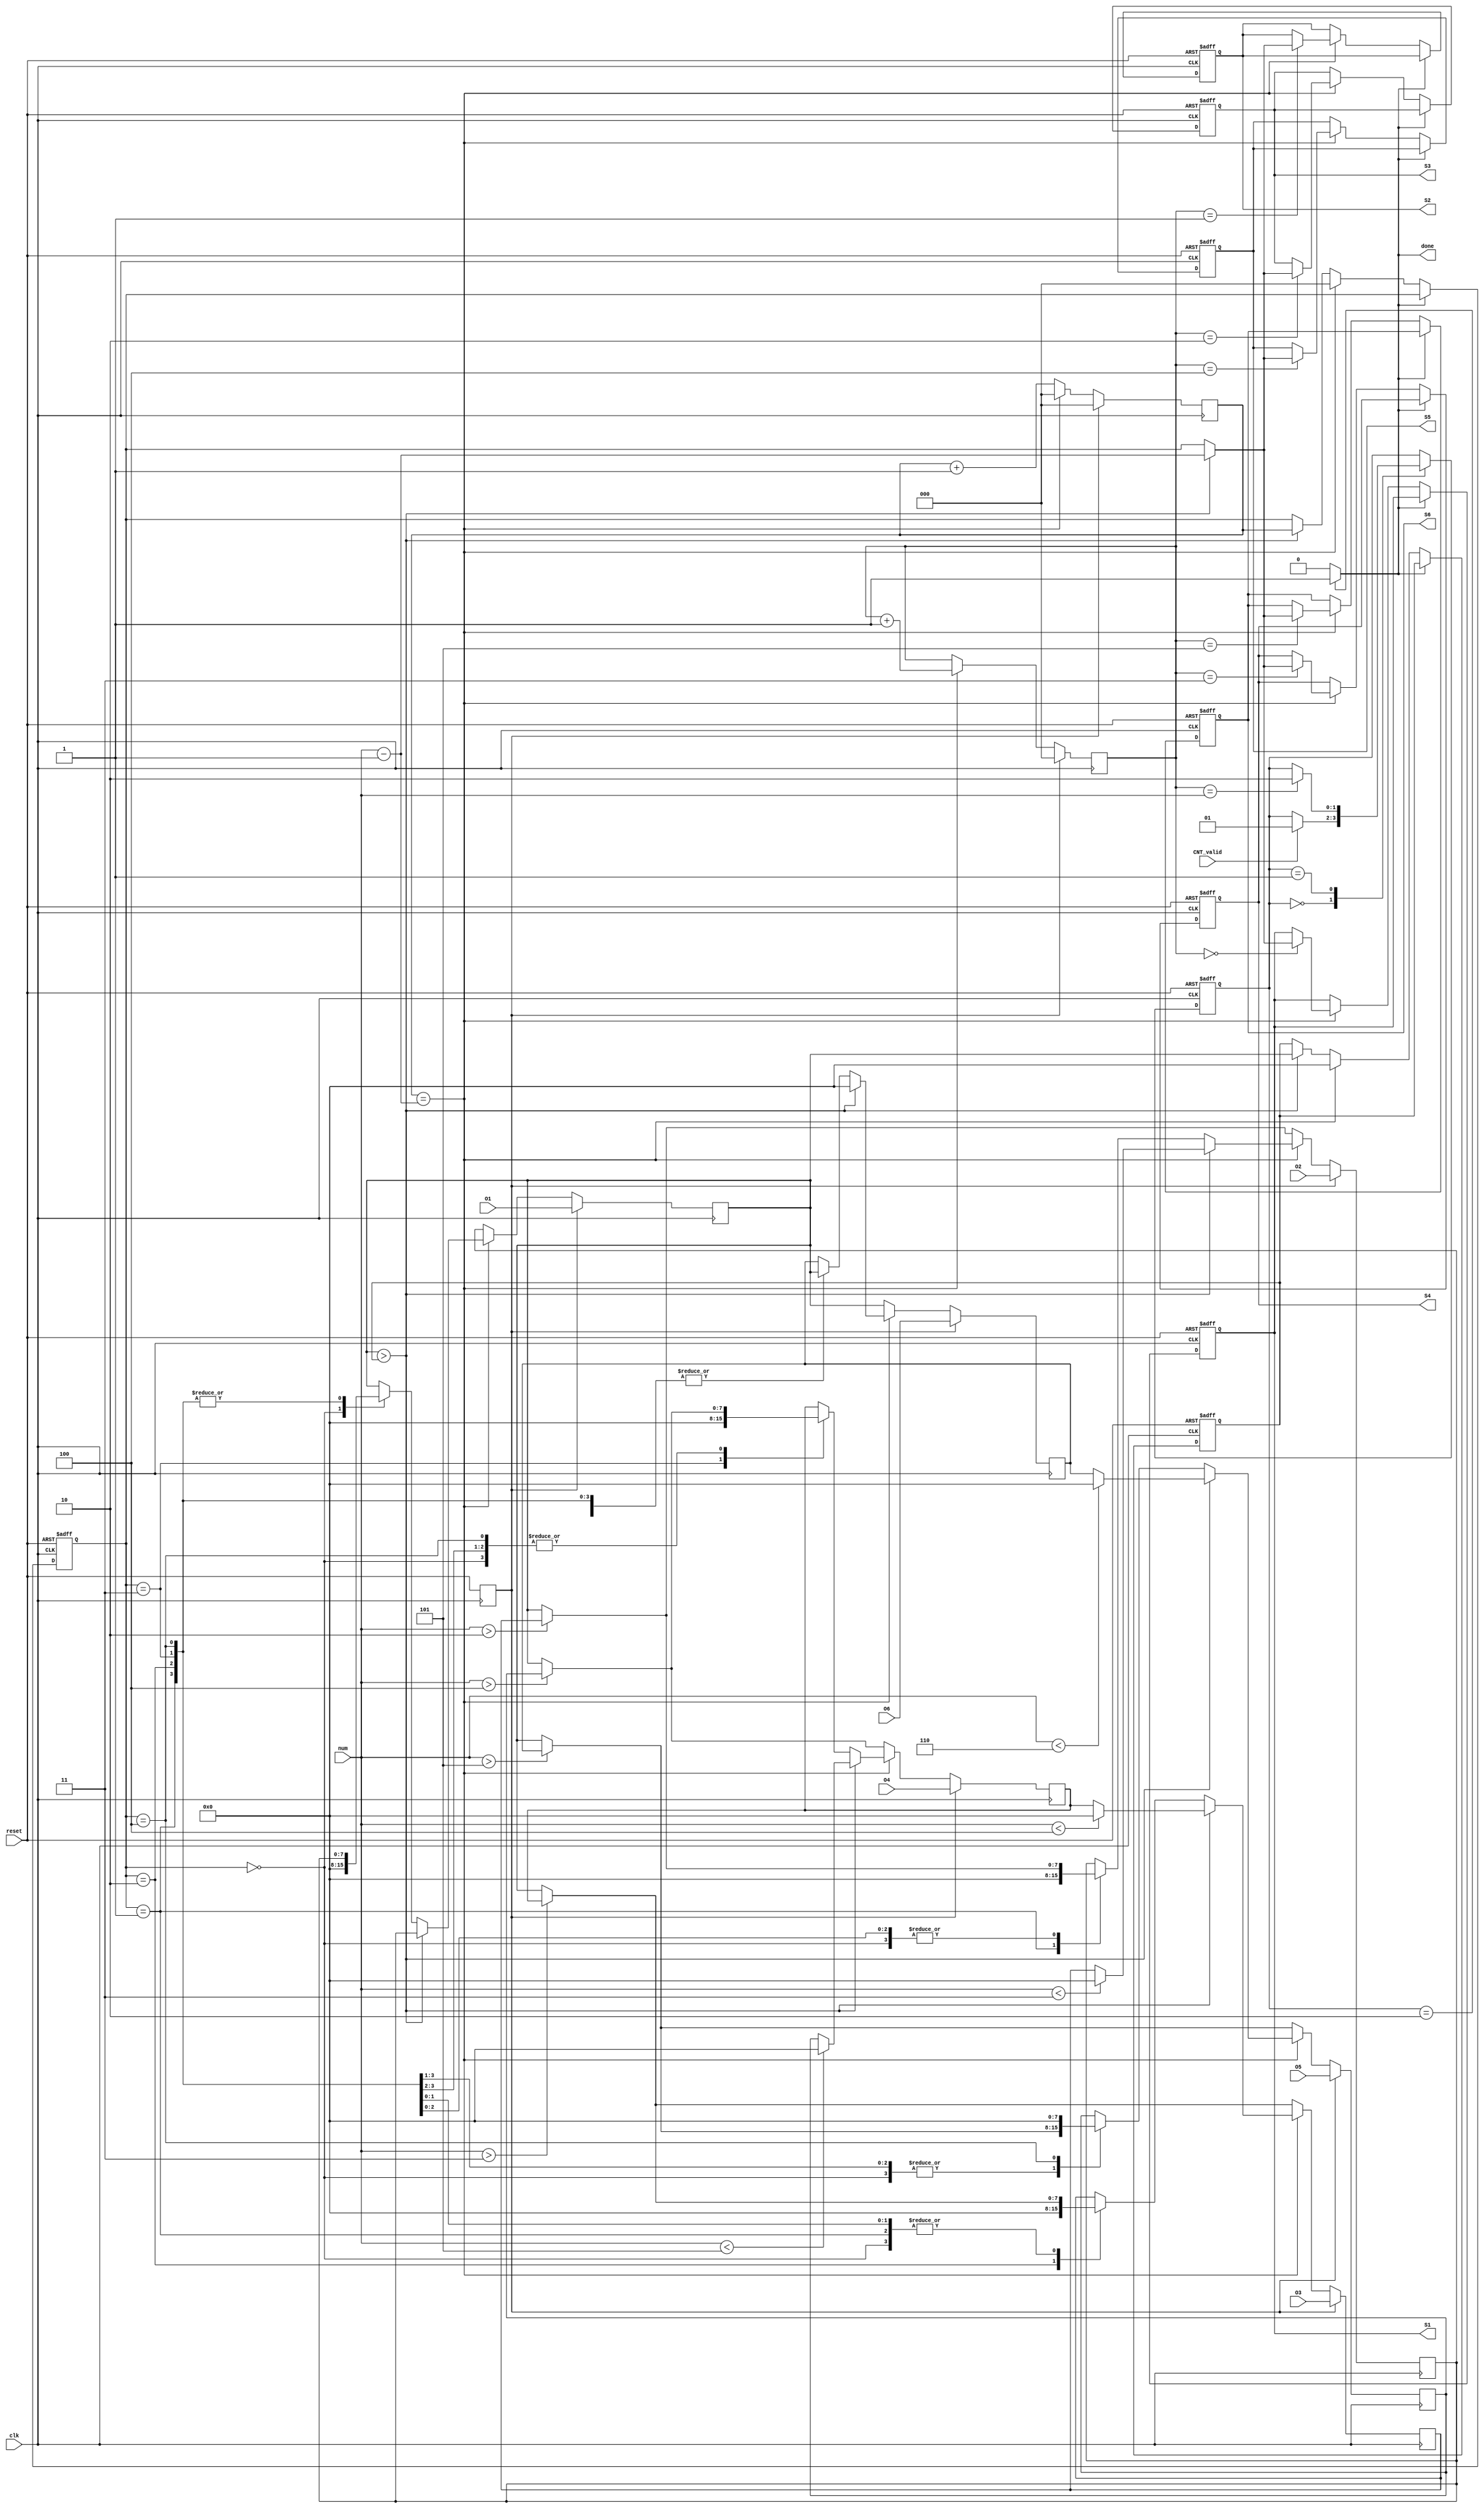
module Sorting(clk, reset, CNT_valid, num, O1, O2, O3, O4, O5, O6, S1, S2, S3, S4, S5, S6, done);

input        clk;
input        reset;
input        CNT_valid;
input  [2:0] num;
input  [7:0] O1;
input  [7:0] O2;
input  [7:0] O3;
input  [7:0] O4;
input  [7:0] O5;
input  [7:0] O6;
output [2:0] S1;
output [2:0] S2;
output [2:0] S3;
output [2:0] S4;
output [2:0] S5;
output [2:0] S6;
output       done;

reg    [2:0] S1;
reg    [2:0] S2;
reg    [2:0] S3;
reg    [2:0] S4;
reg    [2:0] S5;
reg    [2:0] S6;

reg    [1:0] cs;
reg    [1:0] ns;

reg          find;
reg    [2:0] cnt;
reg          cnt_rst;
reg    [2:0] finish_cnt;
reg    [7:0] sort_reg [0:5];

reg    [2:0] tmp_index;
reg    [7:0] tmp;

reg          done;

wire         last_index;
wire   [2:0] num_1;

reg          rst_1;

parameter [1:0] IDLE = 2'b00,
                SORT = 2'b01,
                DONE = 2'b10;

integer i;

assign last_index = cnt == num_1;
assign num_1 = num - 'b1;


always @(posedge clk) rst_1 <= reset;

always @(posedge clk or posedge reset) begin 
  if (reset) cs <= SORT;
  else       cs <= ns;
end

always @(*) begin
  ns = cs;
  case (cs)
    IDLE: begin
      if (CNT_valid)         ns = SORT;
    end
    SORT: begin
      if (finish_cnt == num) ns = DONE;
    end
    DONE: begin
    end
  endcase
end

always @(*) begin
  cnt_rst = 'b0;
  done    = 'b0;
  case (cs)
    IDLE: begin
      cnt_rst = CNT_valid;
    end
    SORT: begin
    end
    DONE: begin
      done = 'b1;
    end
  endcase
end

always @(posedge clk) begin
  if (rst_1) finish_cnt <= 'b0;
  else begin
    finish_cnt <= (last_index) ? finish_cnt + 'b1 : finish_cnt;
  end
end

always @(posedge clk) begin
  if (rst_1) cnt <= 'b0;
  else begin
    //if (cnt_rst) cnt <= 'b0;
    /*else*/         cnt <= (last_index) ? 'b0 : cnt + 'b1;
  end
end


always @(posedge clk) begin
  if (rst_1) begin
    //for (i = 0; i < 6; i = i + 1) begin
    //  sort_reg[i] <= 'b0;
    //end
      sort_reg[0] <= O1;
      sort_reg[1] <= O2;
      sort_reg[2] <= O3;
      sort_reg[3] <= O4;
      sort_reg[4] <= O5;
      sort_reg[5] <= O6;
  end
  else begin
    if (last_index) begin
      if (sort_reg[0] > tmp) begin
        sort_reg[0] <= sort_reg[1];
        sort_reg[1] <= (num < 3) ? 'b0 : sort_reg[2];
        sort_reg[2] <= (num < 4) ? 'b0 : sort_reg[3];
        sort_reg[3] <= (num < 5) ? 'b0 : sort_reg[4];
        sort_reg[4] <= (num < 6) ? 'b0 : sort_reg[5];
        sort_reg[5] <= 'b0;
      end
      else begin
        case (tmp_index)
          0: begin
            sort_reg[0] <= 'b0;
            sort_reg[1] <= (num > 2) ? sort_reg[2] : sort_reg[0];
            sort_reg[2] <= (num > 3) ? sort_reg[3] : sort_reg[0];
            sort_reg[3] <= (num > 4) ? sort_reg[4] : sort_reg[0];
            sort_reg[4] <= (num > 5) ? sort_reg[5] : sort_reg[0];
            sort_reg[5] <= sort_reg[0];
          end
          1: begin
            sort_reg[0] <= sort_reg[1];
            sort_reg[1] <= 'b0;
            sort_reg[2] <= (num > 3) ? sort_reg[3] : sort_reg[0];
            sort_reg[3] <= (num > 4) ? sort_reg[4] : sort_reg[0];
            sort_reg[4] <= (num > 5) ? sort_reg[5] : sort_reg[0];
            sort_reg[5] <= sort_reg[0];
          end
          2: begin
            sort_reg[0] <= sort_reg[1];
            sort_reg[1] <= (num > 2) ? sort_reg[2] : sort_reg[0];
            sort_reg[2] <= 'b0;
            sort_reg[3] <= (num > 4) ? sort_reg[4] : sort_reg[0];
            sort_reg[4] <= (num > 5) ? sort_reg[5] : sort_reg[0];
            sort_reg[5] <= sort_reg[0];
          end
          3: begin
            sort_reg[0] <= sort_reg[1];
            sort_reg[1] <= (num > 2) ? sort_reg[2] : sort_reg[0];
            sort_reg[2] <= (num > 3) ? sort_reg[3] : sort_reg[0];
            sort_reg[3] <= 'b0;
            sort_reg[4] <= (num > 5) ? sort_reg[5] : sort_reg[0];
            sort_reg[5] <= sort_reg[0];
          end
          4: begin
            sort_reg[0] <= sort_reg[1];
            sort_reg[1] <= (num > 2) ? sort_reg[2] : sort_reg[0];
            sort_reg[2] <= (num > 3) ? sort_reg[3] : sort_reg[0];
            sort_reg[3] <= (num > 4) ? sort_reg[4] : sort_reg[0];
            sort_reg[4] <= 'b0;
            sort_reg[5] <= sort_reg[0];
          end
        endcase
      end
    end
    else begin
      sort_reg[0] <= sort_reg[1];
      sort_reg[1] <= (num > 2) ? sort_reg[2] : sort_reg[0];
      sort_reg[2] <= (num > 3) ? sort_reg[3] : sort_reg[0];
      sort_reg[3] <= (num > 4) ? sort_reg[4] : sort_reg[0];
      sort_reg[4] <= (num > 5) ? sort_reg[5] : sort_reg[0];
      sort_reg[5] <= sort_reg[0];
    end
  end
end

always @(posedge clk or posedge reset) begin 
  if (reset) begin
    tmp       <= 'b0;
    tmp_index <= 'b0;
    S1        <= 'b0;
    S2        <= 'b0;
    S3        <= 'b0;
    S4        <= 'b0;
    S5        <= 'b0;
    S6        <= 'b0;
  end
  else if (~done) begin
    if (last_index) begin
      tmp       <= 'b0;
      tmp_index <= 'b0;
    end
    else if (sort_reg[0] > tmp) begin
      tmp       <= sort_reg[0];
      tmp_index <= cnt;
    end
    if (last_index) begin
      case (finish_cnt)
        0: S1 <= (sort_reg[0] > tmp) ? num_1 : tmp_index;
        1: S2 <= (sort_reg[0] > tmp) ? num_1 : tmp_index;
        2: S3 <= (sort_reg[0] > tmp) ? num_1 : tmp_index;
        3: S4 <= (sort_reg[0] > tmp) ? num_1 : tmp_index;
        4: S5 <= (sort_reg[0] > tmp) ? num_1 : tmp_index;
        5: S6 <= (sort_reg[0] > tmp) ? num_1 : tmp_index;
      endcase
    end
  end
end

endmodule